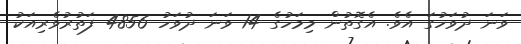
ވަނަ ދުވަހުގަ އެވެ. އެގޮތުން މިމަހުގެ 14 ވަނަ ދުވަހު 4856 ފަތުރުވެރިއަކު